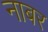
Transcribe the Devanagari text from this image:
नाबर